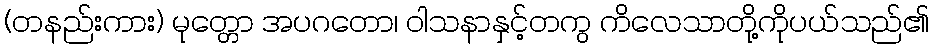
(တနည်းကား) မုတ္တော အပဂတော၊ ဝါသနာနှင့်တကွ ကိလေသာတို့ကိုပယ်သည်၏